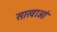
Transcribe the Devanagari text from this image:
साखाओं